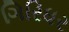
ગિરિધર